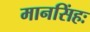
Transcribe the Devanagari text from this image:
मानसिंहः